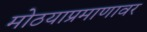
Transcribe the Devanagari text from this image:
मोठयाप्रमाणावर